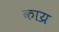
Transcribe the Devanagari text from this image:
काय्र